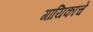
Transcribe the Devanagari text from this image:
गायिकांचे